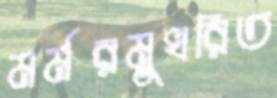
মর্মরমুখরিত